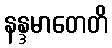
နန္ဒမာတေတိ